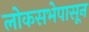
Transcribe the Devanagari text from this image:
लोकसभेपासून